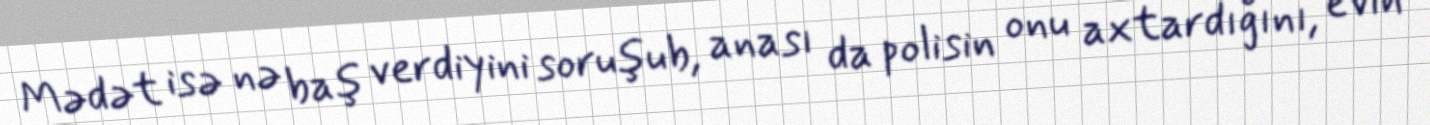
Mədət isə nə baş verdiyini soruşub, anası da polisin onu axtardığını, evin